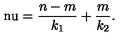
\mathrm { \ n u } = \frac { n - m } { k _ { 1 } } + \frac { m } { k _ { 2 } } .